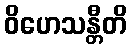
ဝိဟေသန္တီတိ